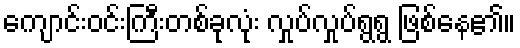
ကျောင်းဝင်းကြီးတစ်ခုလုံး လှုပ်လှုပ်ရွရွ ဖြစ်နေ၏။